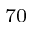
^ { 7 0 }